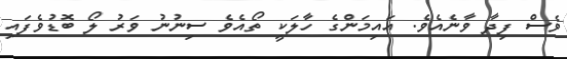
ވެސް ފިދާ ވާނެއެވެ. އައިމަންގެ ހާލަކީ ތޯއެވެ ސިނުނު ވަރު ލޯ ބޮޑުވެފައި